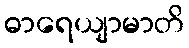
ဓာရေယျာမာတိ